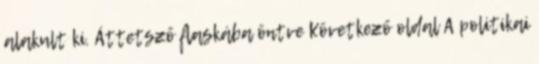
alakult ki. Áttetsző flaskába öntve Következő oldal A politikai